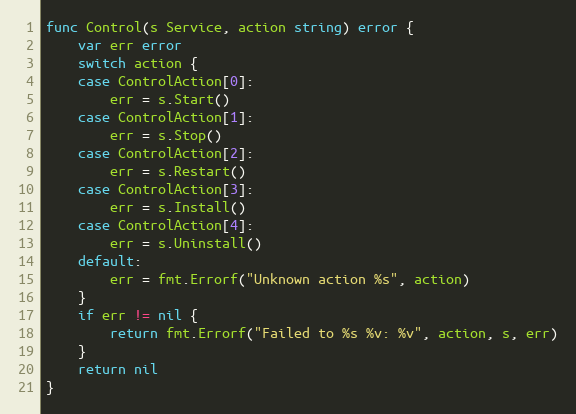
Language: Go
func Control(s Service, action string) error {
	var err error
	switch action {
	case ControlAction[0]:
		err = s.Start()
	case ControlAction[1]:
		err = s.Stop()
	case ControlAction[2]:
		err = s.Restart()
	case ControlAction[3]:
		err = s.Install()
	case ControlAction[4]:
		err = s.Uninstall()
	default:
		err = fmt.Errorf("Unknown action %s", action)
	}
	if err != nil {
		return fmt.Errorf("Failed to %s %v: %v", action, s, err)
	}
	return nil
}